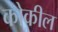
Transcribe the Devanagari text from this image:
कोकील